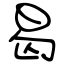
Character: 曷